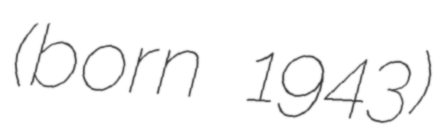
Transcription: (born 1943)